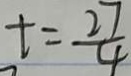
t = \frac { 2 7 } { 4 }